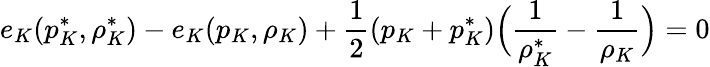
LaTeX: e_{K}(p_{K}^{*},\rho_{K}^{*})-e_{K}(p_{K},\rho_{K})+\frac{1}{2}(p_{K}+p_{K}^{*})\Big(\frac{1}{\rho_{K}^{*}}-\frac{1}{\rho_{K}}\Big)=0